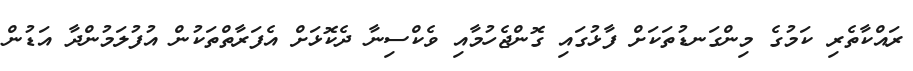
ރައްކާތެރި ކަމުގެ މިންގަނޑުތަކަށް ފާޅުގައި ގޮންޖެހުމާއި ވެކްސިނާ ދެކޮޅަށް އެފަރާތްތަކުން އުފުލަމުންދާ އަޑުން